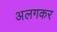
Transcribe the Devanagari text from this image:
अलगकर